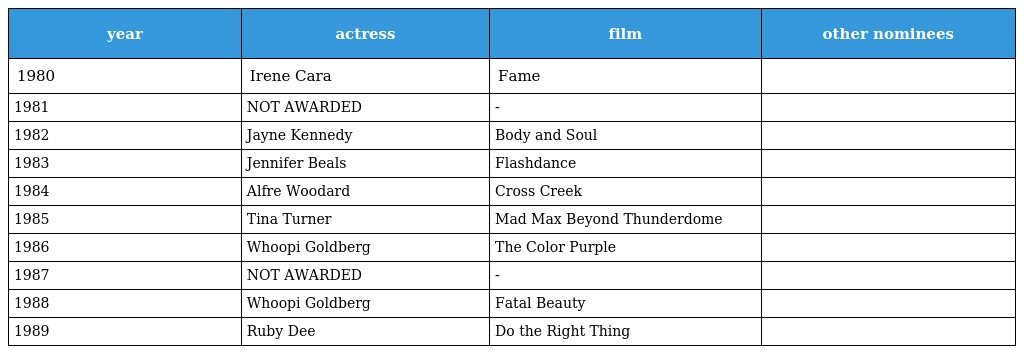
| year | actress | film | other nominees |
 | --- | --- | --- | --- |
 | 1980 | Irene Cara | Fame |  |
 | 1981 | NOT AWARDED | - |  |
 | 1982 | Jayne Kennedy | Body and Soul |  |
 | 1983 | Jennifer Beals | Flashdance |  |
 | 1984 | Alfre Woodard | Cross Creek |  |
 | 1985 | Tina Turner | Mad Max Beyond Thunderdome |  |
 | 1986 | Whoopi Goldberg | The Color Purple |  |
 | 1987 | NOT AWARDED | - |  |
 | 1988 | Whoopi Goldberg | Fatal Beauty |  |
 | 1989 | Ruby Dee | Do the Right Thing |  |